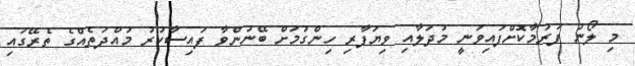
މި ލޯނު ފަރުމާކޮށްފައިވަނީ މުދަލާއި ވިޔަފާރި ހިންގުމަށް ބޭނުންވާ ފައިސާކުރު މުއްދަތެއްގެ ތެރޭގައި